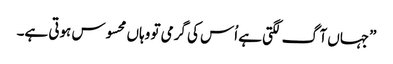
”جہاں آگ لگتی ہے اُس کی گرمی تو وہاں محسوس ہوتی ہے۔